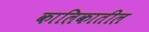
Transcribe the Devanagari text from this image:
कालिकातील